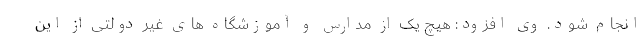
انجام شود. وی افزود: هیچ یک از مدارس و آموزشگاه های غیر دولتی از این